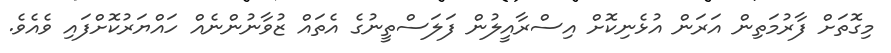
މިގޮތަށް ފާރުމަތިން އަރަން އުޅެނިކޮށް އިސްރާއީލުން ފަލަސްތީނުގެ އެތައް ޒުވާނުންނެއް ހައްޔަރުކޮށްފައި ވެއެވެ.